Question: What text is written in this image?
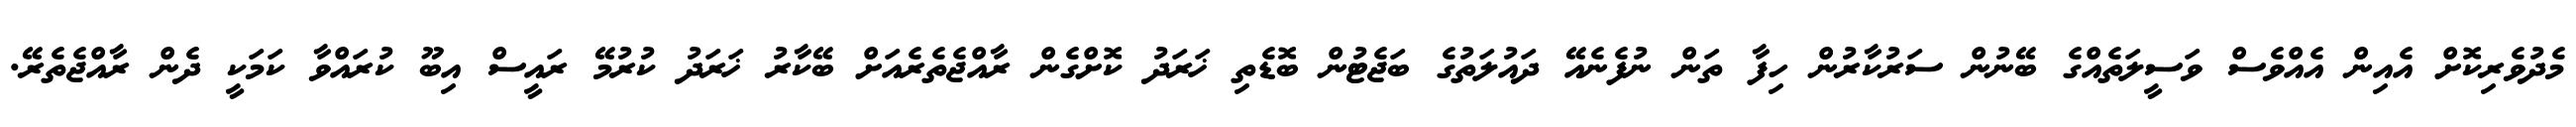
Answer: މެދުވެރިކޮށް އެއިން އެއްވެސް ވަސީލަތެއްގެ ބޭނުން ސަރުކާރުން ހިފާ ތަން ނުފެނެއޭ ދައުލަތުގެ ބަޖެޓުން ބޮޑެތި ޚަރަދު ކޮށްގެން ރާއްޖެތެރެއަށް ބޭކާރު ޚަރަދު ކުރުމޭ ރައީސް އިބޫ ކުރައްވާ ކަމަކީ ދެން ރާއްޖެތެރޭ.